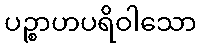
ပဉ္စာဟပရိဝါသော